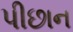
પીછાન